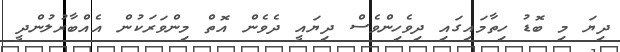
ދިޔަ މި ބޮޑު ހިތާމައިގައި ދިވެހިންވެސް ދިޔައީ ދެވެން އޮތް މިންވަރަކުން އެއްބާރުލުންދީ